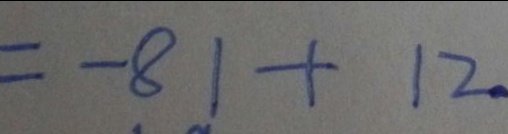
= - 8 1 + 1 2